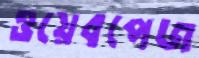
ওয়েবপেজ